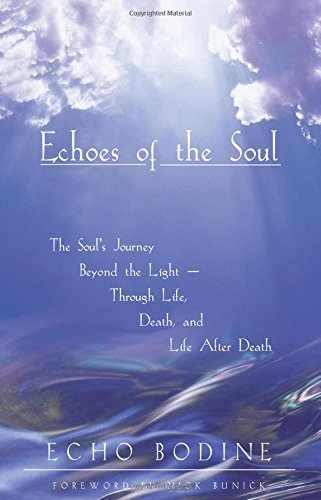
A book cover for Echoes of the Soul: The Soul's Journey Beyond the Light - Through Life, Death, and Life After Death; Echo L. Bodine; Religion & Spirituality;